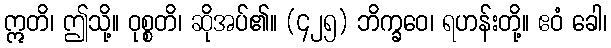
ဣတိ၊ ဤသို့။ ဝုစ္စတိ၊ ဆိုအပ်၏။ (၄၂၅) ဘိက္ခဝေ၊ ရဟန်းတို့။ ဧဝံ ခေါ၊